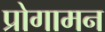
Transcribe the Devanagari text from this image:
प्रोगामन